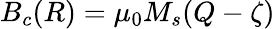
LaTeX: B_{c}(R)=\mu_{0}M_{s}(Q-\zeta)